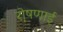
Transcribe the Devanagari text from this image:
रो़षणाई